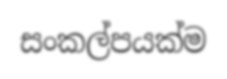
සංකල්පයක්ම